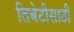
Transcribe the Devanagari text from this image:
तिबेटीसाठी